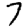
Digit: 7